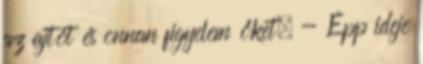
az ajtót és onnan figyelem őket. - Épp ideje